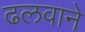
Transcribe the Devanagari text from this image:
ढलवाने